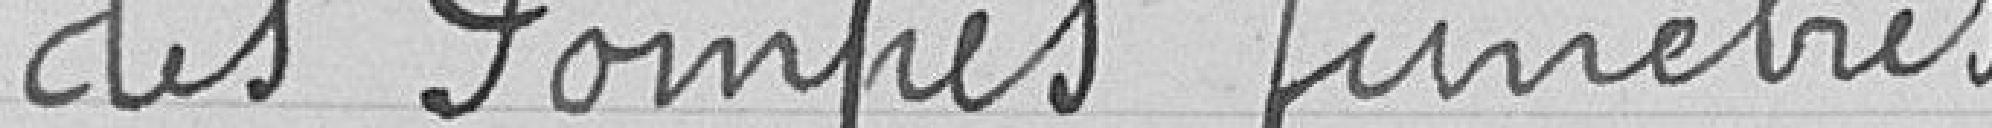
des Pompes funèbres